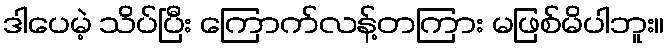
ဒါပေမဲ့ သိပ်ပြီး ကြောက်လန့်တကြား မဖြစ်မိပါဘူး။